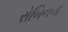
રોબિનના